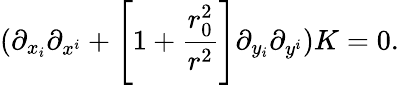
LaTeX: (\partial_{x_{i}}\partial_{x^{i}}+\left[1+{\frac{r_{0}^{2}}{r^{2}}}\right]\partial_{y_{i}}\partial_{y^{i}})K=0.